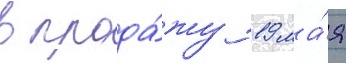
в прода́жу 19 ма́я